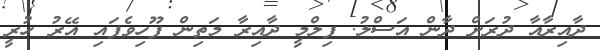
ދާއިރާއާ ދުރަށް ދާން އަސްލު. ފިލްމީ ދާއިރާ މަތިން ފޫހިވެފައި އޭރު ހުރީ